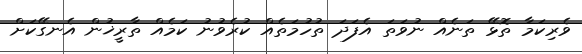
ވެރިކަމާ ތޮޅޭ ތަނެއް ނުވަތަ އެފަދަ ތުހުމަތެއް ކުރެވުނު ކަމެއް ތާރީޚުން އެނގޭކަށް